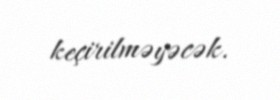
keçirilməyəcək.